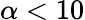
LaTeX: \alpha<10